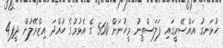
ހުޅަނގު އައްސޭރީގައި ފަލަސްތީނު މީހުނަށް 560 ގެ އެޅުމުގެ ހުއްދަ އިޒްރޭލުން ދީފި4